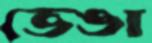
ভেঙা